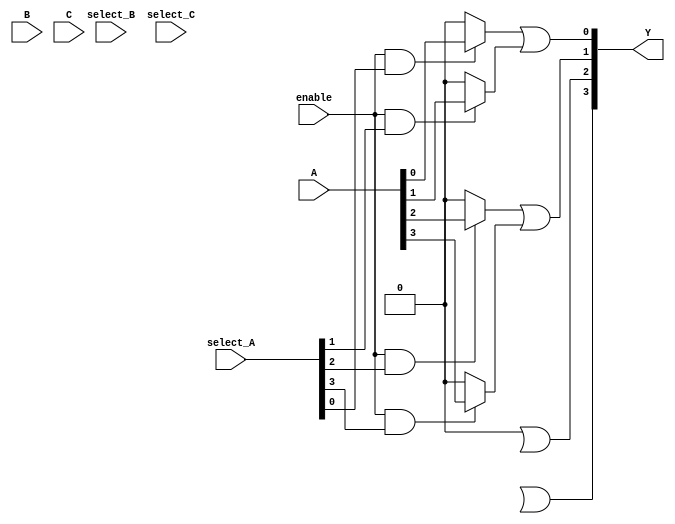
module PLA (
    input wire [3:0] A,       // Input signals (4 bits)
    input wire [3:0] B,       // Additional input signals (4 bits)
    input wire [3:0] C,       // More input signals (4 bits)
    input wire [3:0] select_A, // Select lines for inputs A (4 bits)
    input wire [3:0] select_B, // Select lines for inputs B (4 bits)
    input wire [3:0] select_C, // Select lines for inputs C (4 bits)
    input wire enable,         // Control signal
    output wire [3:0] Y       // Output signals (4 bits)
);

// Internal wires for the product terms from the AND plane
wire [7:0] product_terms;

// AND plane implementation
generate
    genvar i, j;
    for (i = 0; i < 4; i = i + 1) begin: and_plane
        assign product_terms[i] = (enable && select_A[i]) ? A[i] : 1'b0 &
                                   (enable && select_B[i]) ? B[i] : 1'b0 &
                                   (enable && select_C[i]) ? C[i] : 1'b0;
    end
endgenerate

// OR plane implementation
assign Y[0] = product_terms[0] | product_terms[1];
assign Y[1] = product_terms[2] | product_terms[3];
assign Y[2] = product_terms[4] | product_terms[5];
assign Y[3] = product_terms[6] | product_terms[7];

endmodule